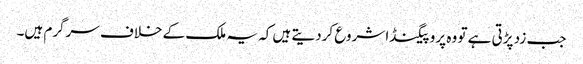
جب زد پڑتی ہے تو وہ پروپیگنڈا شروع کردیتے ہیں کہ یہ ملک کے خلاف سرگرم ہیں۔